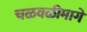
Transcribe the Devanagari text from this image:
चळवळीमागे